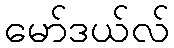
မော်ဒယ်လ်